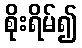
စိုးရိမ်၍